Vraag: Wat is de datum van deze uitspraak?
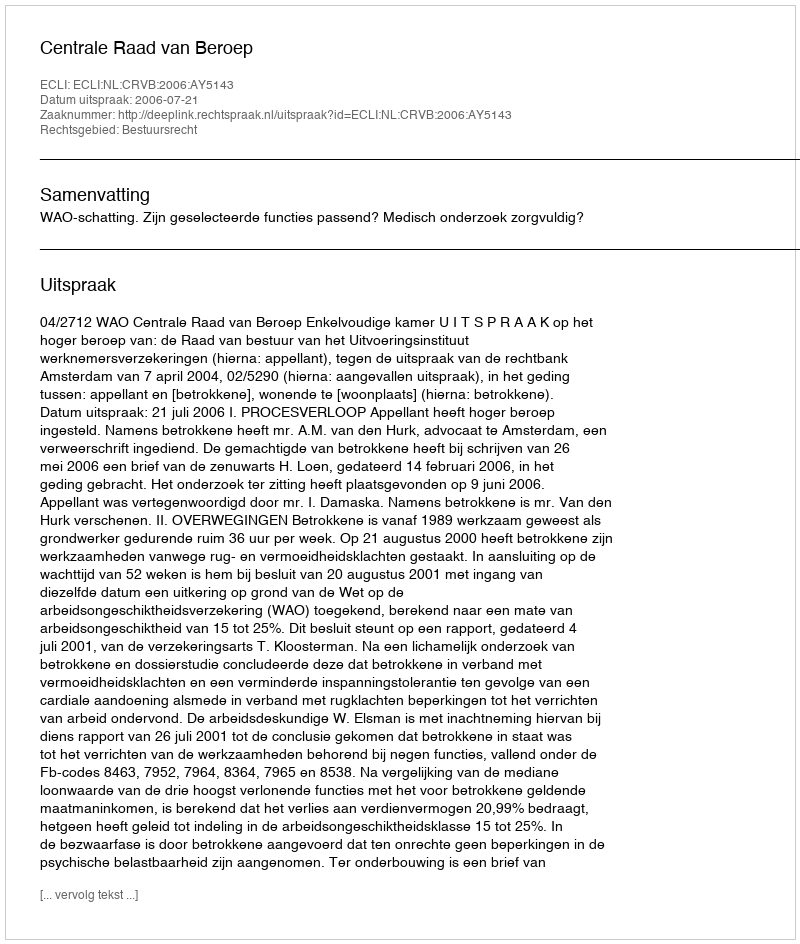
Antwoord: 2006-07-21